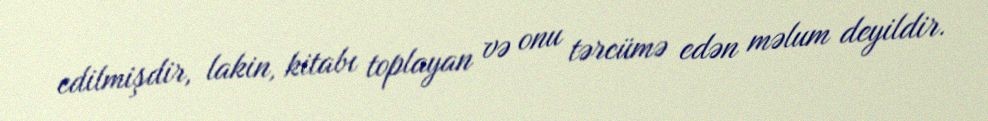
edilmişdir, lakin, kitabı toplayan və onu tərcümə edən məlum deyildir.